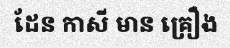
ដែន កាសី មាន គ្រឿង